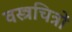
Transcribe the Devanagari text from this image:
वस्त्रचित्रों